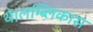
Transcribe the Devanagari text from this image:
थे।लम्ब्लिकास